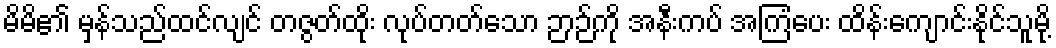
မိမိ၏ မှန်သည်ထင်လျင် တဇွတ်ထိုး လုပ်တတ်သော ဉာဉ်ကို အနီးကပ် အကြံပေး ထိန်းကျောင်းနိုင်သူမို့